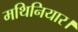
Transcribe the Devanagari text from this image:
मथिनियार।